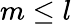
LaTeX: m\leq l